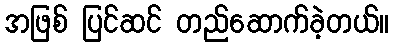
အဖြစ် ပြင်ဆင် တည်ဆောက်ခဲ့တယ်။